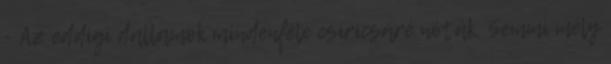
- Az eddigi dallamok mindenféle csiricsáré nóták. Semmi mély